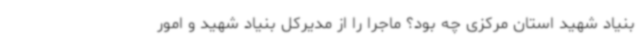
بنیاد شهید استان مرکزی چه بود؟ ماجرا را از مدیرکل بنیاد شهید و امور